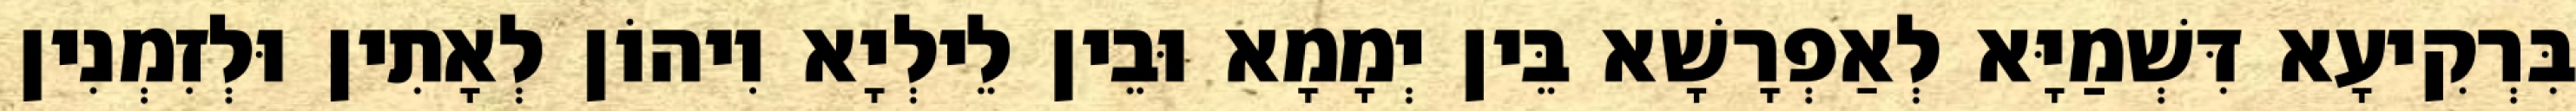
בִּרְקִיעָא דִּשְׁמַיָּא לְאַפְרָשָׁא בֵּין יְמָמָא וּבֵין לֵילְיָא וִיהוֹן לְאָתִין וּלְזִמְנִין